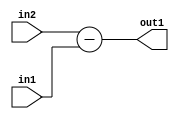
`timescale 1ps / 1ps
/*****************************************************************************
    Verilog RTL Description
    
    
    Created by: Stratus DpOpt 2019.1.01 
*******************************************************************************/

module st_weight_addr_gen_Sub_16Ux6U_17S_4_12 (
	in2,
	in1,
	out1
	); /* architecture "behavioural" */ 
input [15:0] in2;
input [5:0] in1;
output [16:0] out1;
wire [16:0] asc001;

assign asc001 = 
	+(in2)
	-(in1);

assign out1 = asc001;
endmodule

/* CADENCE  ubLzQws= : u9/ySgnWtBlWxVPRXgAZ4Og= ** DO NOT EDIT THIS LINE ******/